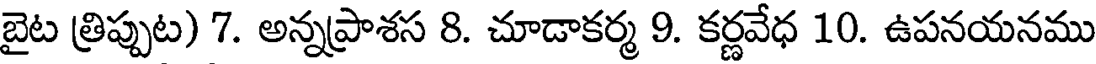
బైట త్రిప్పుట) 7. అన్నప్రాశస 8. చూడాకర్మ 9. కర్ణవేధ 10. ఉపనయనము